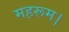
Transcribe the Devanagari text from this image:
महरूम।